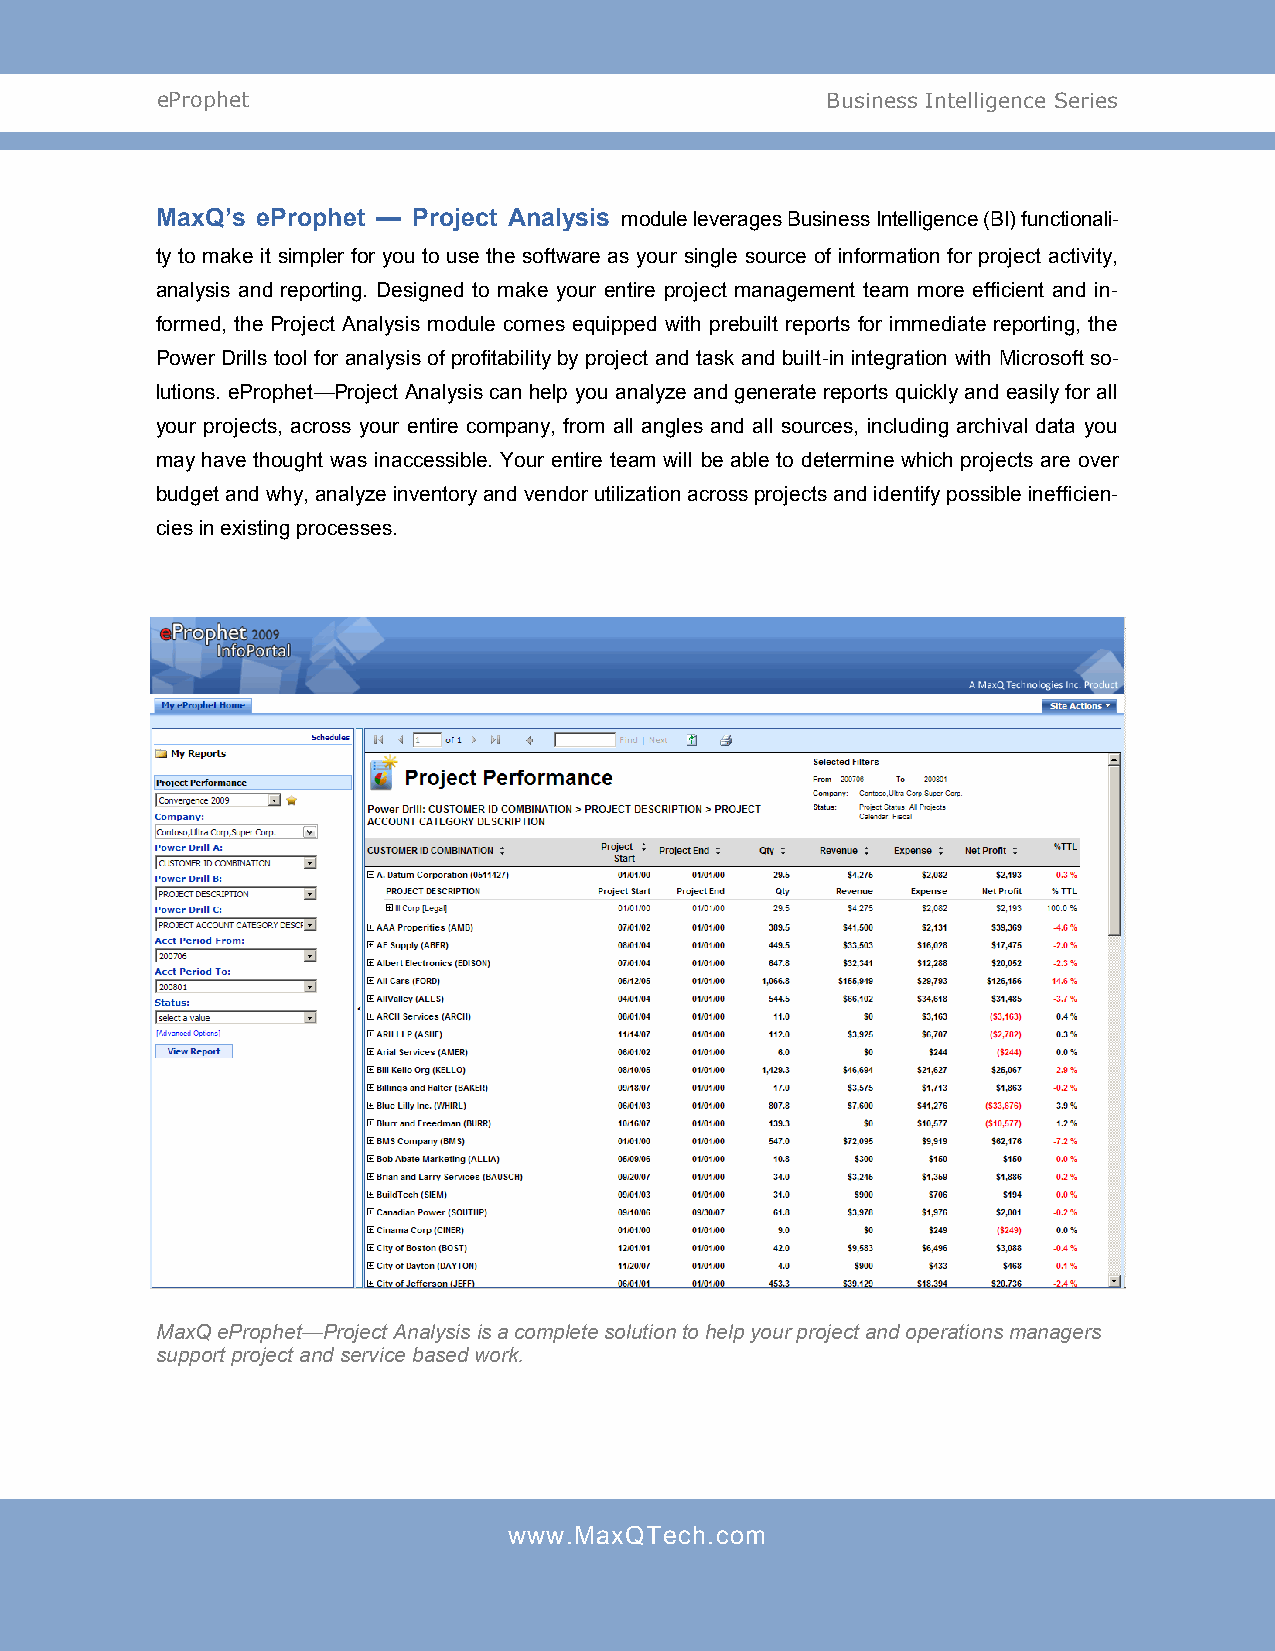
eProphet                                     Business Intelligence Series
 MaxQ’s eProphet — Project Analysis module leverages Business Intelligence (BI) functionali-
 ty to make it simpler for you to use the software as your single source of information for project activity,
 analysis and reporting. Designed to make your entire project management team more efficient and in-
 formed, the Project Analysis module comes equipped with prebuilt reports for immediate reporting, the
 Power Drills tool for analysis of profitability by project and task and built-in integration with Microsoft so-
 lutions. eProphet—Project Analysis can help you analyze and generate reports quickly and easily for all
 your projects, across your entire company, from all angles and all sources, including archival data you
 may have thought was inaccessible. Your entire team will be able to determine which projects are over
 budget and why, analyze inventory and vendor utilization across projects and identify possible inefficien-
 cies in existing processes.
 MaxQ eProphet—Project Analysis is a complete solution to help your project and operations managers
 support project and service based work.
 www.MaxQTech.com